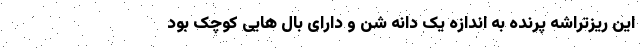
این ریزتراشه پرنده به اندازه یک دانه شن و دارای بال هایی کوچک بود